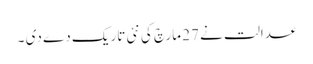
عدالت نے 27 مارچ کی نئی تاریک دے دی ۔